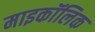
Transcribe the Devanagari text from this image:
माइकॉलिक